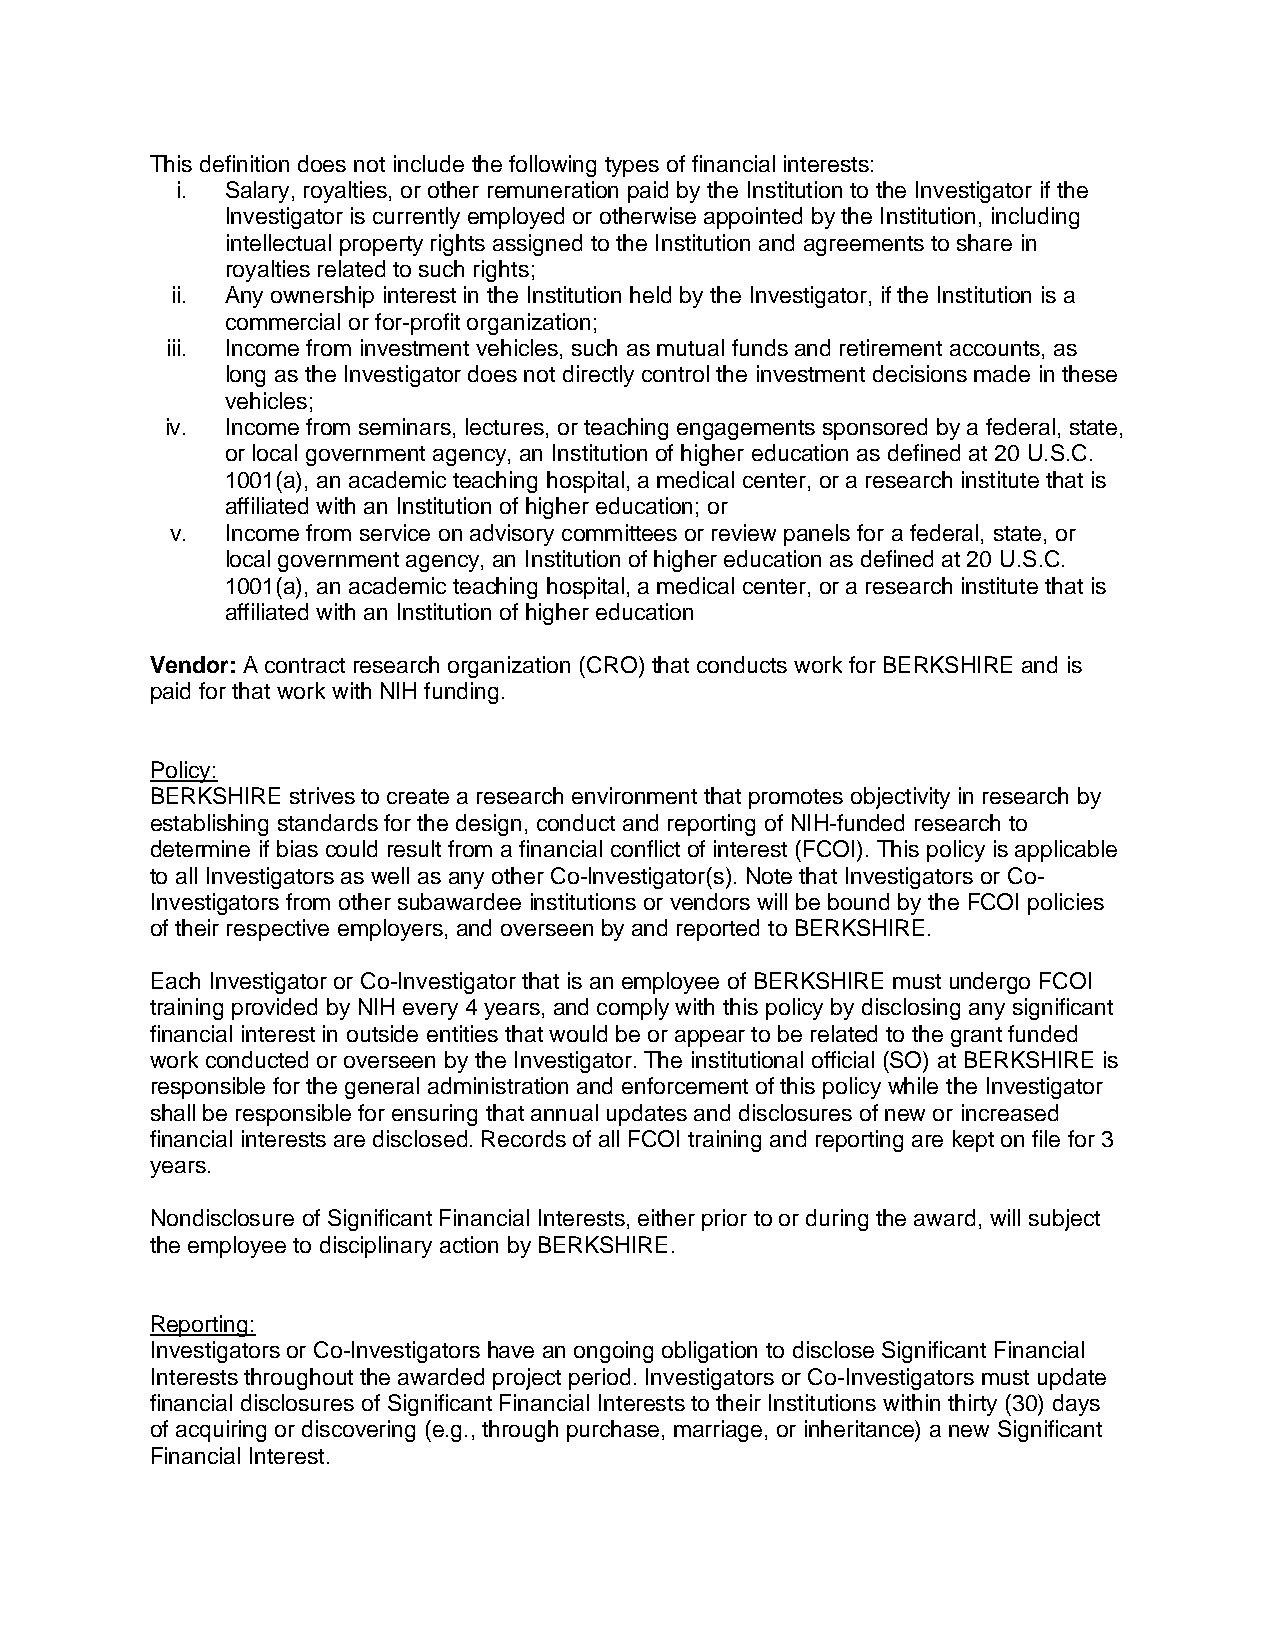
This definition does not include the following types of financial interests:
 i. Salary, royalties, or other remuneration paid by the Institution to the Investigator if the
 Investigator is currently employed or otherwise appointed by the Institution, including
 intellectual property rights assigned to the Institution and agreements to share in
 royalties related to such rights;
 ii. Any ownership interest in the Institution held by the Investigator, if the Institution is a
 commercial or for-profit organization;
 iii. Income from investment vehicles, such as mutual funds and retirement accounts, as
 long as the Investigator does not directly control the investment decisions made in these
 vehicles;
 iv. Income from seminars, lectures, or teaching engagements sponsored by a federal, state,
 or local government agency, an Institution of higher education as defined at 20 U.S.C.
 1001(a), an academic teaching hospital, a medical center, or a research institute that is
 affiliated with an Institution of higher education; or
 v.  Income from service on advisory committees or review panels for a federal, state, or
 local government agency, an Institution of higher education as defined at 20 U.S.C.
 1001(a), an academic teaching hospital, a medical center, or a research institute that is
 affiliated with an Institution of higher education
 Vendor: A contract research organization (CRO) that conducts work for BERKSHIRE and is
 paid for that work with NIH funding.
 Policy:
 BERKSHIRE strives to create a research environment that promotes objectivity in research by
 establishing standards for the design, conduct and reporting of NIH-funded research to
 determine if bias could result from a financial conflict of interest (FCOI). This policy is applicable
 to all Investigators as well as any other Co-Investigator(s). Note that Investigators or Co-
 Investigators from other subawardee institutions or vendors will be bound by the FCOI policies
 of their respective employers, and overseen by and reported to BERKSHIRE.
 Each Investigator or Co-Investigator that is an employee of BERKSHIRE must undergo FCOI
 training provided by NIH every 4 years, and comply with this policy by disclosing any significant
 financial interest in outside entities that would be or appear to be related to the grant funded
 work conducted or overseen by the Investigator. The institutional official (SO) at BERKSHIRE is
 responsible for the general administration and enforcement of this policy while the Investigator
 shall be responsible for ensuring that annual updates and disclosures of new or increased
 financial interests are disclosed. Records of all FCOI training and reporting are kept on file for 3
 years.
 Nondisclosure of Significant Financial Interests, either prior to or during the award, will subject
 the employee to disciplinary action by BERKSHIRE.
 Reporting:
 Investigators or Co-Investigators have an ongoing obligation to disclose Significant Financial
 Interests throughout the awarded project period. Investigators or Co-Investigators must update
 financial disclosures of Significant Financial Interests to their Institutions within thirty (30) days
 of acquiring or discovering (e.g., through purchase, marriage, or inheritance) a new Significant
 Financial Interest.